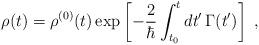
LaTeX: \begin{align*}\rho(t) = \rho^{(0)}(t) \exp\left[ -\frac{2}{\hbar} \int^t_{t_0} dt'\, \Gamma(t')\right] \;,\end{align*}